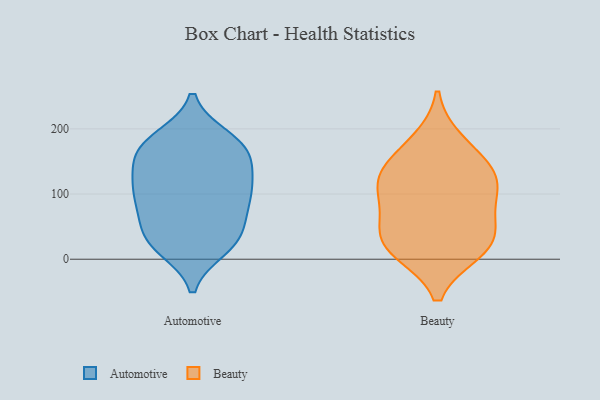
{"axis": {"x": "Production Output", "y": "Value"}, "legend": ["Automotive", "Beauty"], "data": [{"x": "", "y": 153, "type": "Automotive"}, {"x": "", "y": 186, "type": "Automotive"}, {"x": "", "y": 175, "type": "Automotive"}, {"x": "", "y": 63, "type": "Automotive"}, {"x": "", "y": 165, "type": "Automotive"}, {"x": "", "y": 71, "type": "Automotive"}, {"x": "", "y": 144, "type": "Automotive"}, {"x": "", "y": 23, "type": "Automotive"}, {"x": "", "y": 23, "type": "Automotive"}, {"x": "", "y": 32, "type": "Automotive"}, {"x": "", "y": 101, "type": "Automotive"}, {"x": "", "y": 114, "type": "Automotive"}, {"x": "", "y": 17, "type": "Automotive"}, {"x": "", "y": 112, "type": "Automotive"}, {"x": "", "y": 85, "type": "Automotive"}, {"x": "", "y": 126, "type": "Automotive"}, {"x": "", "y": 173, "type": "Automotive"}, {"x": "", "y": 40, "type": "Automotive"}, {"x": "", "y": 182, "type": "Automotive"}, {"x": "", "y": 97, "type": "Automotive"}, {"x": "", "y": 181, "type": "Beauty"}, {"x": "", "y": 13, "type": "Beauty"}, {"x": "", "y": 62, "type": "Beauty"}, {"x": "", "y": 20, "type": "Beauty"}, {"x": "", "y": 120, "type": "Beauty"}, {"x": "", "y": 120, "type": "Beauty"}, {"x": "", "y": 91, "type": "Beauty"}, {"x": "", "y": 152, "type": "Beauty"}, {"x": "", "y": 43, "type": "Beauty"}, {"x": "", "y": 124, "type": "Beauty"}, {"x": "", "y": 19, "type": "Beauty"}]}